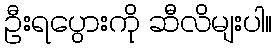
ဦးရပွေားကို ဆီလိမျးပါ။